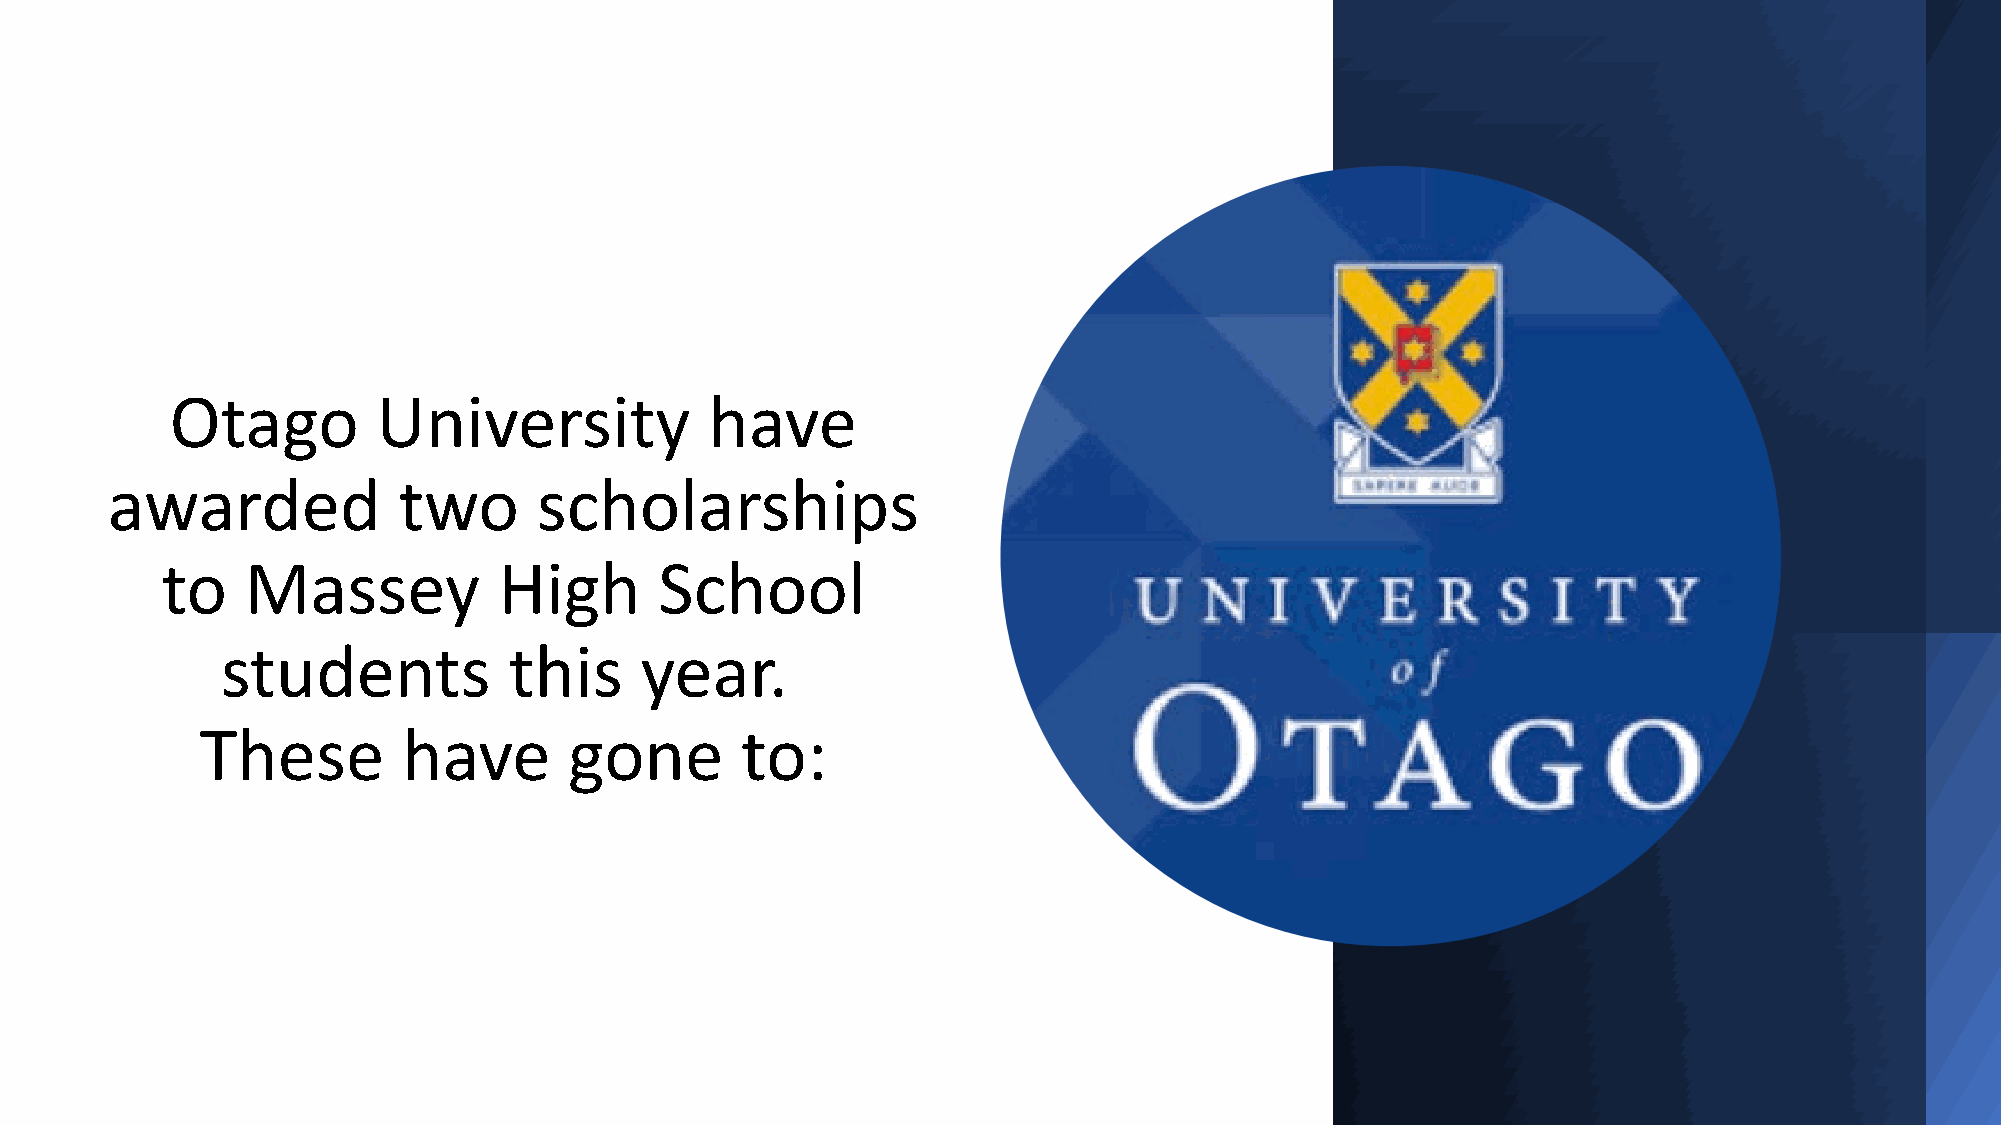
Otago         University            have
 awarded            two       scholarships
 to   Massey           High       School
 students           this    year.
 These         have       gone       to: